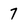
Character: 7